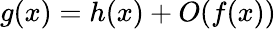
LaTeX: g(x)=h(x)+O(f(x))